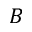
B